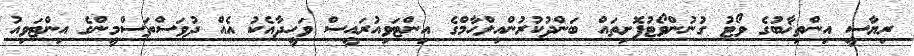
ރިޔާސީ އިންތިޚާބުގެ ވޯޓު ގުނުންވޯޓުފޮށިތައް ބަންދުކުރުންއިލްހާމްގެ އިންޓަވިއުރައީސް ވަހީދާއެކު އެއް ދުވަސްތަސްމީންގެ އިންޓަވިއު